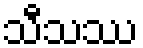
သီသဿ